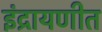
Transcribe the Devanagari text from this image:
इंद्रायणीत